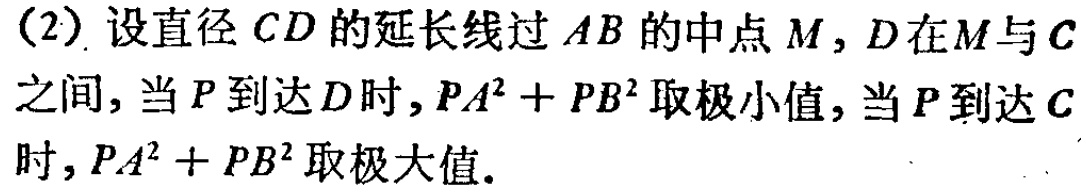
(2) 设直径 \(CD\) 的延长线过 \(AB\) 的中点 \(M\)，\(D\) 在 \(M\) 与 \(C\) 之间，当 \(P\) 到达 \(D\) 时，\(PA^{2}+PB^{2}\) 取极小值，当 \(P\) 到达 \(C\) 时，\(PA^{2}+PB^{2}\) 取极大值.